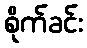
စိုက်ခင်း